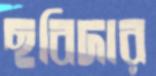
ছবিদার